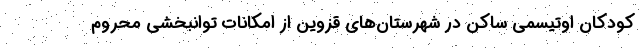
کودکان اوتیسمی ساکن در شهرستان‌های قزوین از امکانات توانبخشی محروم